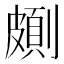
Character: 𠠉